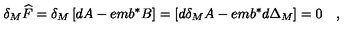
\delta _ { M } \widehat { F } = \delta _ { M } \left[ d A - e m b ^ { * } B \right] = \left[ d \delta _ { M } A - e m b ^ { * } d \Delta _ { M } \right] = 0 \quad ,